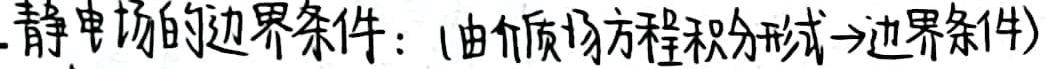
静电场的边界条件：(由介质场方程积分形式→边界条件)